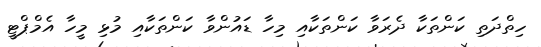
ހިތްދަތި ކަންތަކާ ދެރަވާ ކަންތަކާއި މިހާ ޑައުންވާ ކަންތަކާއި މުޅި މީހާ އެމްޕްޓީ